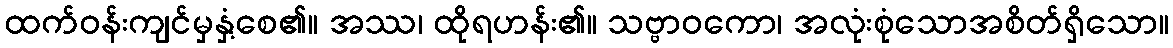
ထက်ဝန်းကျင်မှနှံ့စေ၏။ အဿ၊ ထိုရဟန်း၏။ သဗ္ဗာဝကော၊ အလုံးစုံသောအစိတ်ရှိသော။